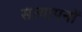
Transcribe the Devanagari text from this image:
सत्यापनों